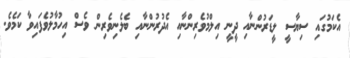
އެކަމުގައި ސިޔާސީ ލީޑަރުންނާއި ދީނީ އިލްމުވެރިންނާއި އެދުރުންނާއި ބެލެނިވެރިން ވެސް އިހުމާލުވެފައިވާ ކަމެވެ.